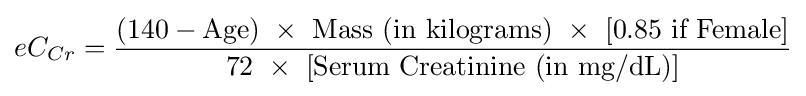
eC_{Cr}={\frac {\mathrm {(140-Age)} \ \times \ {\text{Mass (in kilograms)}}\ \times \ [{\text{0.85 if Female}}]}{\mathrm {72} \ \times \ [{\text{Serum Creatinine (in mg/dL)}}]}}